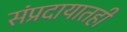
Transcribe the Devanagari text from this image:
संप्रदायातही